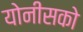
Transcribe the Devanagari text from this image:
योनीसको